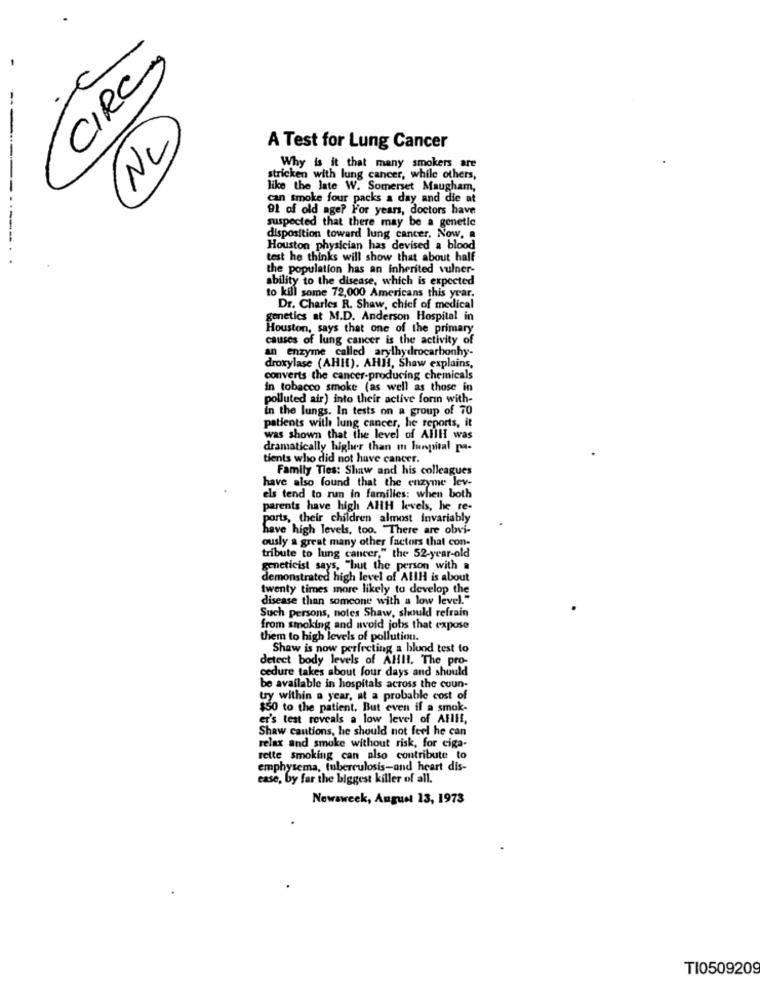
CIRC
(NC)
A Test for Lung Cancer
Why is it that many smokers are
stricken with lung cancer, while others,
like the late W. Somerset Maugham,
can smoke four packs a day and die at
91 of old age? For years, doctors have
suspected that there may be a genetic
disposition toward lung cancer, Now, a
Houston physician has devised a blood
test he thinks will show that about half
the population has an inherited vulner-
ability to the disease, which is expected
to kill some 72,000 Americans this year.
Dr. Charles R. Shaw, chief of medical
genetics at M.D. Anderson Hospital in
Houston, says that one of the primary
causes of lung cancer is the activity of
an enzyme called arylhydrocarbonhy-
droxylase (AHI). AHH, Shaw explains,
converts the cancer-producing chemicals
in tobacco smoke (as well as those in
polluted air) into their active forin with-
in the lungs. In tests on a group of 70
patients with lung cancer, he reports, it
was shown that the level of Alllf was
dramatically higher than m lungital pa-
tients who did not have cancer.
Family Ties: Shaw and his colleagues
have also found that the enzyme lev-
els tend to run in familles: when both
parents have high AHH levels, he re-
ports, their children almost invariably
have high levels, too. "There are obvi-
ously a great many other factors that con-
tribute to lung cancer," the 52-year-old
geneticist says, "but the person with a
demonstrated high level of AllH is about
twenty times more likely to develop the
disease than someone with a low level."
Such persons, notes Shaw, should refrain
from smoking and avoid jobs that expose
them to high levels of pollution.
Shaw is now perfecting a blund test to
detect body levels of Allll. The pro-
cedure takes about four days and should
be available in hospitals across the coun-
try within a year, at a probable cost of
$50 to the patient. But even if a smok-
er's test reveals a low level of AFlIL,
Shaw cautions, he should not feel he can
relax and smoke without risk, for ciga-
rette smoking can also contribute to
emphysema, tuberculosis-and heart dis-
ease, by far the biggest killer of all.
Newsweek, August 13, 1973
TI0509209